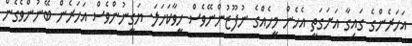
އަހަރެންގެ ގައިގާ އަށަގަތީ އެހެން މީހެއްގެ ނުފޫޒުންނޭވެސް ހީވާކަހަލަ. ޔަގީނުންވެސް އަހަރެން ބޭނުންވެގެން